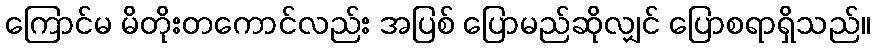
ကြောင်မ မိတိုးတကောင်လည်း အပြစ် ပြောမည်ဆိုလျှင် ပြောစရာရှိသည်။